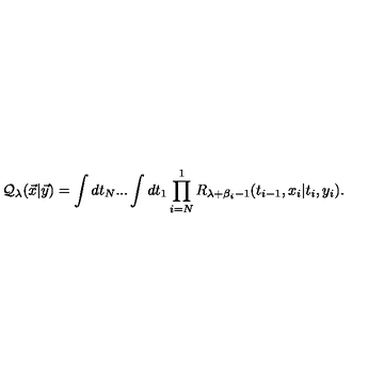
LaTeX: { \cal Q } _ { \lambda } ( { \vec { x } } | { \vec { y } } ) = \int d t _ { N } . . . \int d t _ { 1 } \prod _ { i = N } ^ { 1 } R _ { \lambda + \beta _ { i } - 1 } ( t _ { i - 1 } , x _ { i } | t _ { i } , y _ { i } ) .